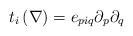
LaTeX: \begin{align*}t_i\left(\nabla\right) = e_{piq}\partial_p\partial_q\end{align*}